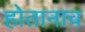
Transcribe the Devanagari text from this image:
होतानाच